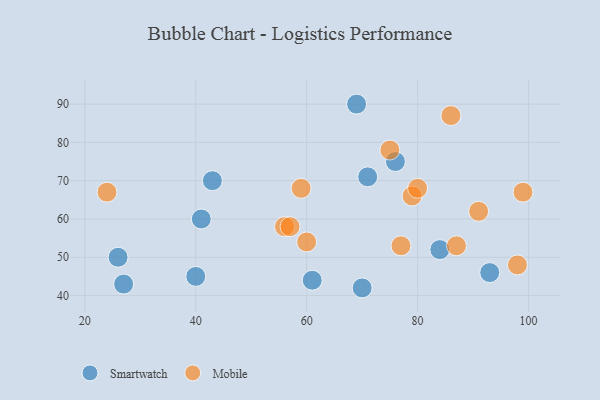
{"axis": {"x": "GDP", "y": "Life Expectancy"}, "legend": ["Mobile", "Smartwatch"], "data": [{"x": "27", "y": 43, "type": "Smartwatch"}, {"x": "71", "y": 71, "type": "Smartwatch"}, {"x": "84", "y": 52, "type": "Smartwatch"}, {"x": "76", "y": 75, "type": "Smartwatch"}, {"x": "70", "y": 42, "type": "Smartwatch"}, {"x": "93", "y": 46, "type": "Smartwatch"}, {"x": "69", "y": 90, "type": "Smartwatch"}, {"x": "26", "y": 50, "type": "Smartwatch"}, {"x": "40", "y": 45, "type": "Smartwatch"}, {"x": "61", "y": 44, "type": "Smartwatch"}, {"x": "43", "y": 70, "type": "Smartwatch"}, {"x": "41", "y": 60, "type": "Smartwatch"}, {"x": "86", "y": 87, "type": "Mobile"}, {"x": "98", "y": 48, "type": "Mobile"}, {"x": "75", "y": 78, "type": "Mobile"}, {"x": "24", "y": 67, "type": "Mobile"}, {"x": "87", "y": 53, "type": "Mobile"}, {"x": "56", "y": 58, "type": "Mobile"}, {"x": "77", "y": 53, "type": "Mobile"}, {"x": "99", "y": 67, "type": "Mobile"}, {"x": "79", "y": 66, "type": "Mobile"}, {"x": "60", "y": 54, "type": "Mobile"}, {"x": "59", "y": 68, "type": "Mobile"}, {"x": "80", "y": 68, "type": "Mobile"}, {"x": "91", "y": 62, "type": "Mobile"}, {"x": "57", "y": 58, "type": "Mobile"}]}